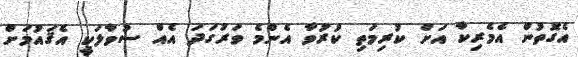
އެގޮތުން އެމެރިކާ އަށް ކުރިމަތި ކުރުވާ އެންމެ ވަރުގަދަ އެއް ސުވާލަކީ އެޤައުމަށް